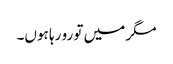
مگر میں تو رو رہا ہوں۔